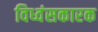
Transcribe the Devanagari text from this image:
विध्वंसकारक